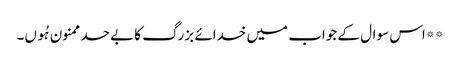
**اس سوال کے جواب میں خدائے بزرگ کا بے حد ممنون ہُوں۔